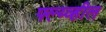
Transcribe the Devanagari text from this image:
फ्ल्य्व्हील